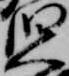
児